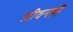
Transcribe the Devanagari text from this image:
जीवनही